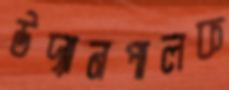
উদ্যানপালক